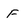
Character: F